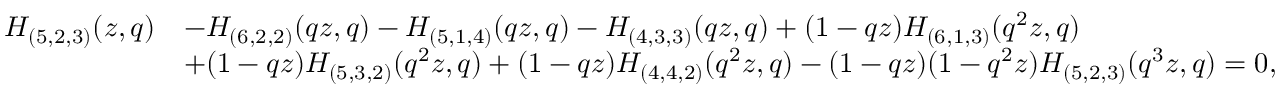
\begin{array} { r l } { H _ { ( 5 , 2 , 3 ) } ( z , q ) } & { - H _ { ( 6 , 2 , 2 ) } ( q z , q ) - H _ { ( 5 , 1 , 4 ) } ( q z , q ) - H _ { ( 4 , 3 , 3 ) } ( q z , q ) + ( 1 - q z ) H _ { ( 6 , 1 , 3 ) } ( q ^ { 2 } z , q ) } \\ & { + ( 1 - q z ) H _ { ( 5 , 3 , 2 ) } ( q ^ { 2 } z , q ) + ( 1 - q z ) H _ { ( 4 , 4 , 2 ) } ( q ^ { 2 } z , q ) - ( 1 - q z ) ( 1 - q ^ { 2 } z ) H _ { ( 5 , 2 , 3 ) } ( q ^ { 3 } z , q ) = 0 , } \end{array}